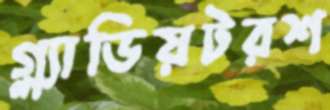
গ্ল্যাডিয়টরশ